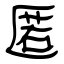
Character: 匿